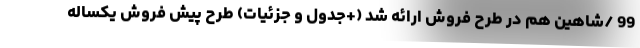
99 /شاهین هم در طرح فروش ارائه شد (+جدول و جزئیات) طرح پيش فروش يكساله